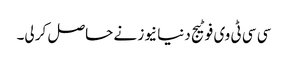
سی سی ٹی وی فوٹیج دنیا نیوز نے حاصل کر لی۔